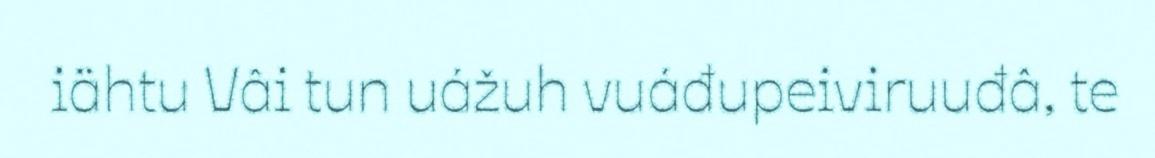
iähtu Vâi tun uážuh vuáđupeiviruuđâ, te